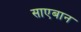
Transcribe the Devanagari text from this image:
साएबान